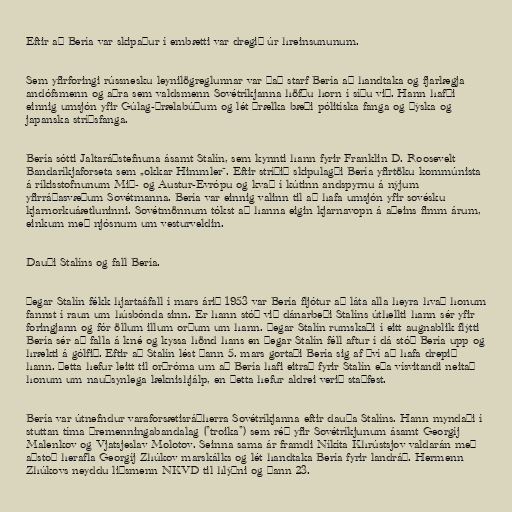
Eftir að Bería var skipaður í embætti var dregið úr hreinsununum.

Sem yfirforingi rússnesku leynilögreglunnar var það starf Bería að handtaka og fjarlægja
andófsmenn og aðra sem valdsmenn Sovétríkjanna höfðu horn í síðu við. Hann hafði
einnig umsjón yfir Gúlag-þrælabúðum og lét þrælka bæði pólitíska fanga og þýska og
japanska stríðsfanga.

Bería sótti Jaltaráðstefnuna ásamt Stalín, sem kynnti hann fyrir Franklin D. Roosevelt
Bandaríkjaforseta sem „okkar Himmler“. Eftir stríðið skipulagði Bería yfirtöku kommúnista
á ríkisstofnunum Mið- og Austur-Evrópu og kvað í kútinn andspyrnu á nýjum
yfirráðasvæðum Sovétmanna. Bería var einnig valinn til að hafa umsjón yfir sovésku
kjarnorkuáætluninni. Sovétmönnum tókst að hanna eigin kjarnavopn á aðeins fimm árum,
einkum með njósnum um vesturveldin.

Dauði Stalíns og fall Bería.

Þegar Stalín fékk hjartaáfall í mars árið 1953 var Bería fljótur að láta alla heyra hvað honum
fannst í raun um húsbónda sinn. Er hann stóð við dánarbeði Stalíns úthellti hann sér yfir
foringjann og fór öllum illum orðum um hann. Þegar Stalín rumskaði í eitt augnablik flýtti
Bería sér að falla á kné og kyssa hönd hans en þegar Stalín féll aftur í dá stóð Bería upp og
hrækti á gólfið. Eftir að Stalín lést þann 5. mars gortaði Bería sig af því að hafa drepið
hann. Þetta hefur leitt til orðróma um að Bería hafi eitrað fyrir Stalín eða vísvitandi neitað
honum um nauðsynlega læknishjálp, en þetta hefur aldrei verið staðfest.

Bería var útnefndur varaforsætisráðherra Sovétríkjanna eftir dauða Stalíns. Hann myndaði í
stuttan tíma þremenningabandalag ("troika") sem réð yfir Sovétríkjunum ásamt Georgíj
Malenkov og Vjatsjeslav Molotov. Seinna sama ár framdi Níkíta Khrústsjov valdarán með
aðstoð herafla Georgíj Zhúkov marskálks og lét handtaka Bería fyrir landráð. Hermenn
Zhúkovs neyddu liðsmenn NKVD til hlýðni og þann 23.